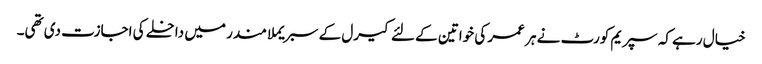
خیال رہے کہ سپریم کورٹ نے ہر عمر کی خواتین کے لئے کیرل کے سبریملا مندر میں داخلے کی اجازت دی تھی۔